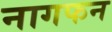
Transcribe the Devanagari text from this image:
नागफन